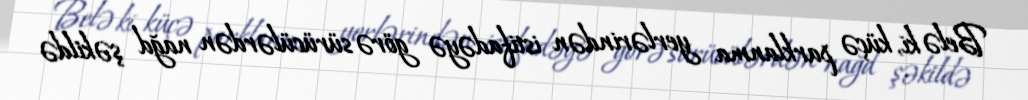
Belə ki, küçə parklanma yerlərindən istifadəyə görə sürücülərdən nağd şəkildə